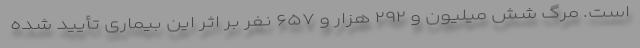
است. مرگ شش میلیون و ۲۹۲ هزار و ۶۵۷ نفر بر اثر این بیماری تأیید شده